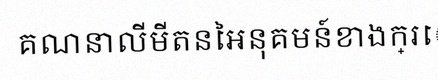
គណនាលីមីតនៃអនុគមន៍ខាងក្រោម